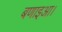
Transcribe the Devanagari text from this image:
बणाइआ।